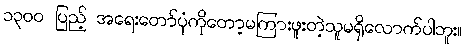
၁၃၀၀ ပြည့် အရေးတော်ပုံကိုတော့မကြားဖူးတဲ့သူမရှိလောက်ပါဘူး။